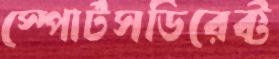
স্পোর্টসডিরেক্ট